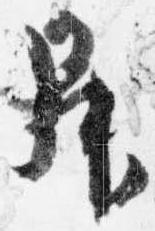
昇